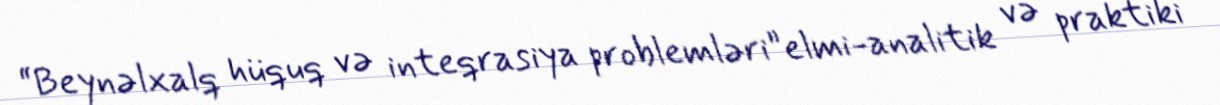
“Beynəlxalq hüquq və inteqrasiya problemləri”elmi-analitik və praktiki